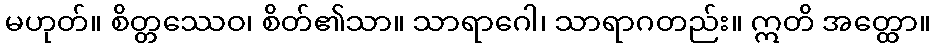
မဟုတ်။ စိတ္တဿေဝ၊ စိတ်၏သာ။ သာရာဂေါ၊ သာရာဂတည်း။ ဣတိ အတ္ထော။